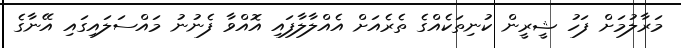
މަރާލުމަށް ފަހު ޝީރީން ކުނިތަކެއްގެ ތެރެއަށް އެއްލާލާފައި އޮއްވާ ފެނުނު މައްސަލައިގައި އޭނާގެ